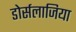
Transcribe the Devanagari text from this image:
डोर्सलाजिया